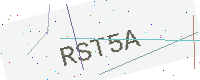
Text: RST5A